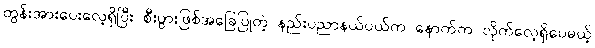
တွန်းအားပေးလေ့ရှိပြီး စီးပွားဖြစ်အခြေပြုတဲ့ နည်းပညာနယ်ပယ်က နောက်က လိုက်လေ့ရှိပေမယ့်